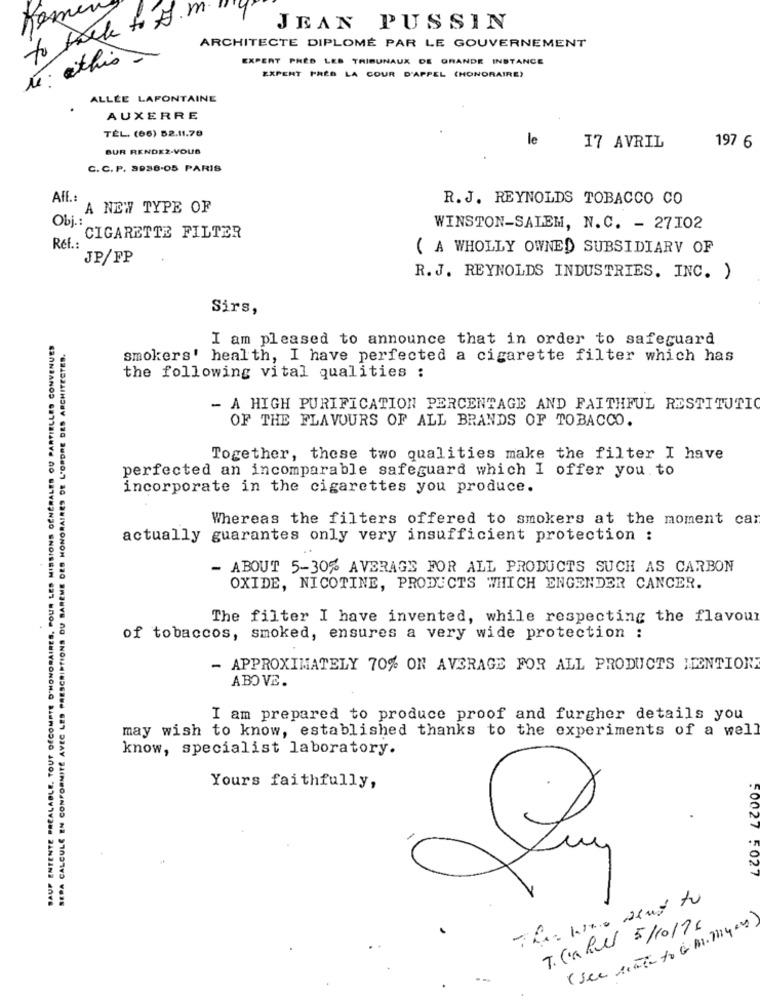
m
to back to FS
JEAN PUSSIN
ARCHITECTE DIPLOMÉ PAR LE GOUVERNEMENT
te : athis
EXPERT PRÈS LES TRIBUNAUX DE GRANDE INSTANCE
EXPERT PRES LA COUR D'APPEL (HONORAIRE)
ALLÉE LAFONTAINE
AUXERRE
TÉL. (66) 52.11.70
le
BUR RENDEZ-VOUS
17 AVRIL
197 6
C. C. P. 3938-05 PARIS
Aff .:
R.J. REYNOLDS TOBACCO CO
A NEW TYPE OF
Obj .:
WINSTON-SALEM, N.C. - 27102
Ref .. CIGARETTE FILTER
( A WHOLLY OWNED SUBSIDIARY OF
JP/FP
R. J. REYNOLDS INDUSTRIES. INC. )
Sirs,
WAUP ENTENTE PREALABLE. TOUT DECOMPTE D'HONORAIRES, POUR LES MISSIONS GENERALES OU PARTIELLES CONVENUES
I am pleased to announce that in order to safeguard
SERA CALCULE EN CONFORMITÉ AVEC LES PRESCRIPTIONS DU BAREME DES HONORAIRES DE L'ORDRE DES ARCHITECTES.
smokers' health, I have perfected a cigarette filter which has
the following vital qualities :
- A HIGH PURIFICATION PERCENTAGE AND FAITHFUL RESTITUTIO
OF THE FLAVOURS OF ALL BRANDS OF TOBACCO.
Together, these two qualities make the filter I have
perfected an incomparable safeguard which I offer you to
incorporate in the cigarettes you produce.
Whereas the filters offered to smokers at the moment car
actually guarantes only very insufficient protection :
- ABOUT 5-30% AVERAGE FOR ALL PRODUCTS SUCH AS CARBON
OXIDE, NICOTINE, PRODUCTS WHICH ENGENDER CANCER.
The filter I have invented, while respecting the flavour
of tobaccos, smoked, ensures a very wide protection :
- APPROXIMATELY 70% ON AVERAGE FOR ALL PRODUCTS MENTION
ABOVE.
I am prepared to produce proof and furgher details you
may wish to know, established thanks to the experiments of a well
know, specialist laboratory.
Yours faithfully,
Luy
50027 5027
The who went to
T.Cahuel 5/10/76
( see seat to & m. M1400